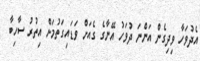
އެދުވަހާ ވިދިގެން އަންނަ ދުވަހު އޭނާގެ ގެއަށް ވަޑައިގަތުމަށް އިތުރު ސާހިބާ